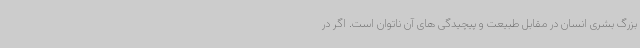
بزرگ بشری انسان در مقابل طبیعت و پیچیدگی های آن ناتوان است. اگر در